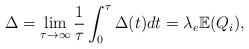
LaTeX: \begin{align*} \Delta &= \lim_{\tau\to\infty} \frac{1}{\tau}\int_0^{\tau}\Delta(t)dt=\lambda_e \mathbb{E}(Q_i),\end{align*}